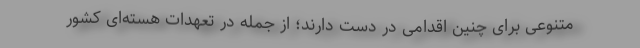
متنوعی برای چنین اقدامی در دست دارند؛ از جمله در تعهدات هسته‌ای کشور